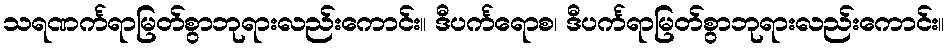
သရဏင်္ကရာမြတ်စွာဘုရားလည်းကောင်း။ ဒီပင်္ကရောစ၊ ဒီပင်္ကရာမြတ်စွာဘုရားလည်းကောင်း။